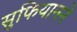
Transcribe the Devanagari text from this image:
सुफियानने